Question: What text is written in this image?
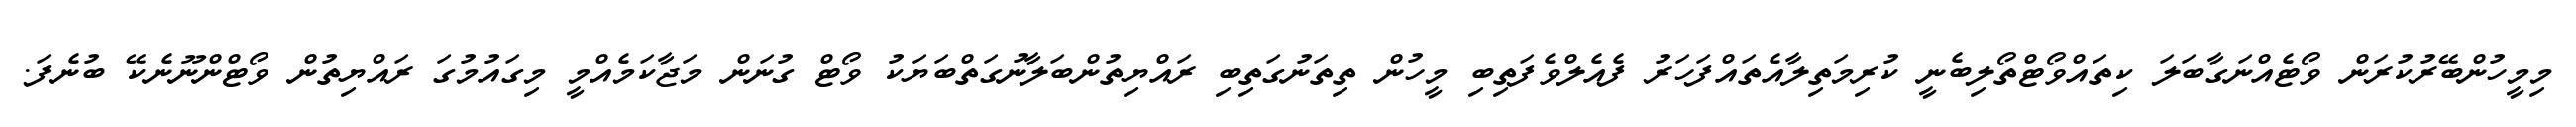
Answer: މިމީހުންބޭރުކުރަން ވޯޓެއްނަގާބަލަ ކިތައްވޯޓްތޯލިބެނީ ކުރިމަތިލާއެތައްފަހަރު ފެއެލްވެފަތިބި މީހުން ތިތަނުގަތިބި ރައްޔިތުންބަލާނުގަތްބަޔަކު ވޯޓް ގުނަން މަޖާކަމެއްމީ މިގައުމުގަ ރައްޔިތުން ވޯޓްންނޫނެކޭ ބުނެފަ.